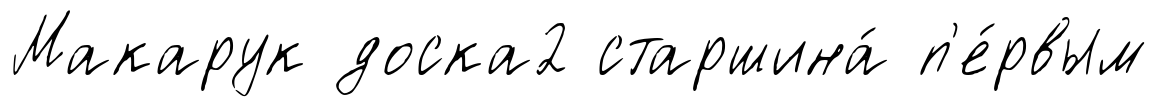
Макарук доска2 старшина́ п'е́рвым